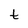
Character: t